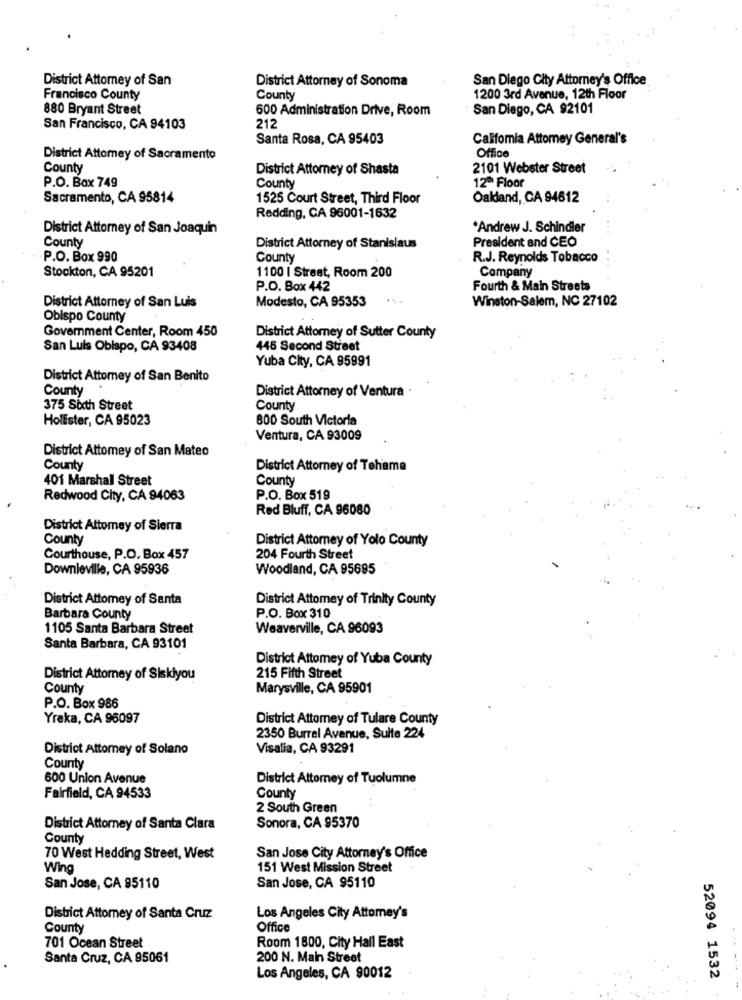
District Attorney of San
District Attorney of Sonoma
San Diego City Attorney's Office
Francisco County
County
1200 3rd Avenue, 12th Floor
880 Bryant Street
600 Administration Drive, Room
San Diego, CA 92101
San Francisco, CA 94103
212
Santa Rosa, CA 95403
Califomia Attorney General's
Office
District Attorney of Sacramento
County
District Attorney of Shasta
2101 Webster Street
P.O. Box 749
12ª Floor
County
Sacramento, CA 95814
1525 Court Street, Third Floor
Oakland, CA 94612
Redding, CA 96001-1632
District Attorney of San Joaquin
*Andrew J. Schindler
President and CEO
County
District Attorney of Stanislaus
P.O. Box 990
County
R.J. Reynolds Tobacco
Stockton, CA 95201
Company
1100 | Straat, Room 200
P.O. Box 442
Fourth & Main Streets
Modesto, CA 95353
Winston-Salem, NC 27102
District Attorney of San Luis
Obispo County
Government Center, Room 450
District Attorney of Sutter County
San Luis Obispo, CA 93408
445 Second Street
Yuba City, CA 95991
District Attomey of San Benito
County
District Attorney of Ventura .
375 Sixth Street
County
Hollister, CA 95023
800 South Victoria
Ventura, CA 93009
District Attorney of San Mateo
County
District Attorney of Tehama
401 Marshall Street
County
Redwood City, CA 94063
P.O. Box 519
Red Bluff, CA 96080
District Attomey of Sierra
County
District Attorney of Yolo County
Courthouse, P.O. Box 457
204 Fourth Street
Downieville, CA 95936
Woodland, CA 95695
District Attorney of Santa
District Attomey of Trinity County
Barbara County
P.O. Box 310
1105 Santa Barbara Street
Weaverville, CA 96093
Santa Barbara, CA 93101
District Attomey of Yuba County
District Attorney of Siskiyou
215 Fifth Street
County
Marysville, CA 95901
P.O. Box 986
Yreka, CA 96097
District Attorney of Tulare County
2350 Burrel Avenue, Sulte 224
District Attomey of Solano
Visalia, CA 93291
County
600 Union Avenue
District Attorney of Tuolumne
Fairfield, CA 94533
County
2 South Green
District Attorney of Santa Clara
Sonora, CA 95370
County
70 West Hedding Street, West
San Jose City Attorney's Office
Wing
151 West Mission Street
San Jose, CA 95110
San Jose, CA 95110
District Attorney of Santa Cruz
Los Angeles City Attorney's
County
Office
701 Ocean Street
Room 1800, City Hall East
Santa Cruz, CA 95061
200 N. Main Street
Los Angeles, CA 90012
52094 1532